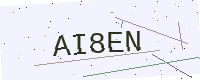
Text: AI8EN